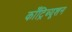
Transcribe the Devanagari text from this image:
काँट्रिब्यूशन